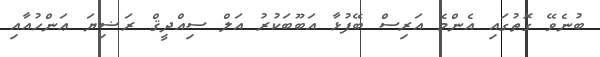
ބުނެވޭ ގޮތުގައި އެންމެ އަރިސް ބޭފުޅާ އަބޫބަކުރު އަލް ސިއްދީޤް ރަޟިޔަ ޢަންހުއާއި